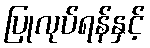
ပြုလုပ်ရန်နှင့်